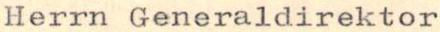
Herrn Generaldirektor